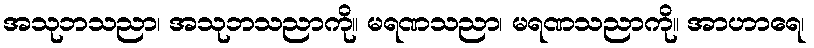
အသုဘသညာ၊ အသုဘသညာကို။ မရဏသညာ၊ မရဏသညာကို။ အာဟာရေ၊